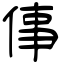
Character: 倳